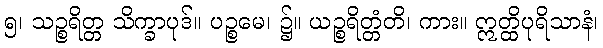
၅၊ သဉ္စရိတ္တ သိက္ခာပုဒ်။ ပဉ္စမေ၊ ၌။ ယဉ္စရိတ္တံတိ၊ ကား။ ဣတ္ထိပုရိသာနံ၊